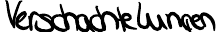
Verschachtelungen